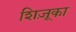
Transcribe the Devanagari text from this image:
शिज़ूका